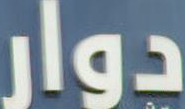
دوار